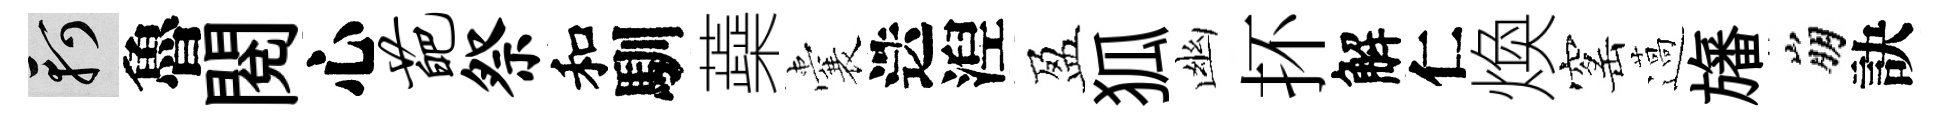
軻魯閲心葩祭和馴蘃囊迭湼盈狐幽抔解仁煥窰薖旛崩訣